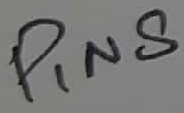
Text: PIN8